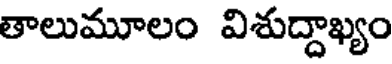
తాలుమూలం విశుద్దాఖ్యం